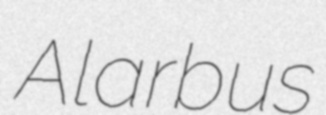
Alarbus